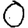
Digit: 0